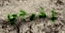
أخرجي